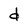
Character: d